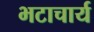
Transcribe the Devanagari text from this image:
भटाचार्य